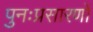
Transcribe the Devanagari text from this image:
पुनःप्रसारणों